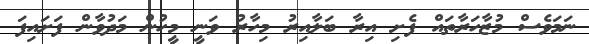
ނަމަވެސް މުޒާހަރާތައް ފެށި އިރާ ބަލާއިރު މިހާރު ވަނީ މީހުން މަދުވާން ފަށައިފަ